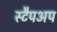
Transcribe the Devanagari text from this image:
स्टैपअप